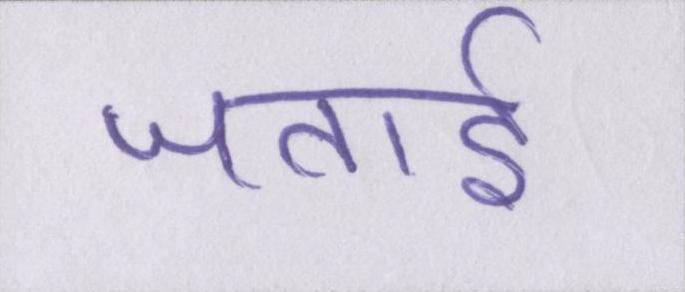
जताई